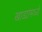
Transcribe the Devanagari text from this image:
खाड्यांमध्ये